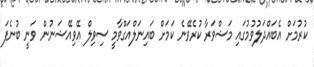
ކުރުމަށް އެބައްދަލުވުމުގައި މަޝްވަރާ ކުރެވޭނެ ކަމަށް ބައިނަލްއަގްވާމީ ސިވިލް އޭވިއޭޝަނުން ވަނީ ބުނެފަ